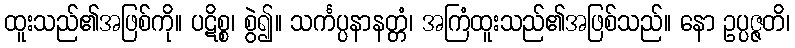
ထူးသည်၏အဖြစ်ကို။ ပဋိစ္စ၊ စွဲ၍။ သင်္ကပ္ပနာနတ္တံ၊ အကြံထူးသည်၏အဖြစ်သည်။ နော ဥပ္ပဇ္ဇတိ၊